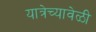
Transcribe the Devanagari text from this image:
यात्रेच्यावेळी